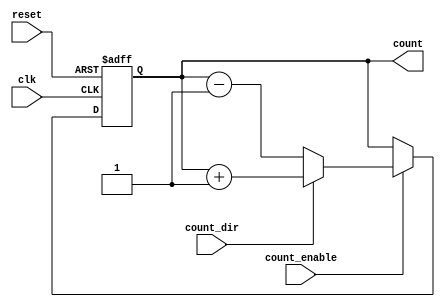
module ripple_counter #(
    parameter N = 4  // Number of bits
) (
    input wire clk,          // Clock input
    input wire reset,        // Asynchronous reset
    input wire count_enable, // Count enable signal
    input wire count_dir,    // Count direction: 1 for up, 0 for down
    output reg [N-1:0] count // Counter output
);

    // Flip-flop logic for the ripple counter
    always @(posedge clk or posedge reset) begin
        if (reset) begin
            count <= 0; // Reset the counter to 0
        end else if (count_enable) begin
            if (count_dir) begin
                // Count up
                count <= count + 1;
            end else begin
                // Count down
                count <= count - 1;
            end
        end
    end

endmodule